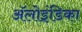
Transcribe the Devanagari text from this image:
ॲलोइंडिका